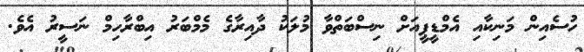
ހުސެއިން މަނިކާއި އެމްޑީޕީއަށް ނިސްބަތްވާ މުލަކު ދާއިރާގެ މެމްބަރު އިބްރާހިމް ނަސީރު އެވެ.